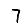
Digit: 7